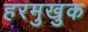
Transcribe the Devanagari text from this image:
हरमुखुक